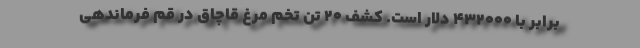
برابر با 432000 دلار است. کشف 20 تن تخم مرغ قاچاق در قم فرماندهی